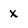
Character: x